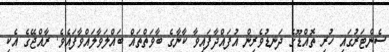
ސެންޓަރުގައި ހުރި ތޮއްޑޫގެ ދަނޑުވެރިން އުފައްދާފައިވާ ކާނާގެ ބާވަތްތައްް ބައްލަވާލައްވާފައެވެ. ރާއްޖޭގެ އެކި